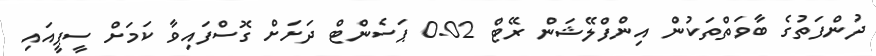
ދުންފަތުގެ ބާވަތްތަކުން އިންފްލޭޝަން ރޭޓް 0.02 ޕަސެންޓް ދަށަށް ގޮސްފައިވާ ކަމަށް ސީޕީއައި